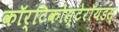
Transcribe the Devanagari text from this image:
कॉर्टिकोस्टेरॉयडस्